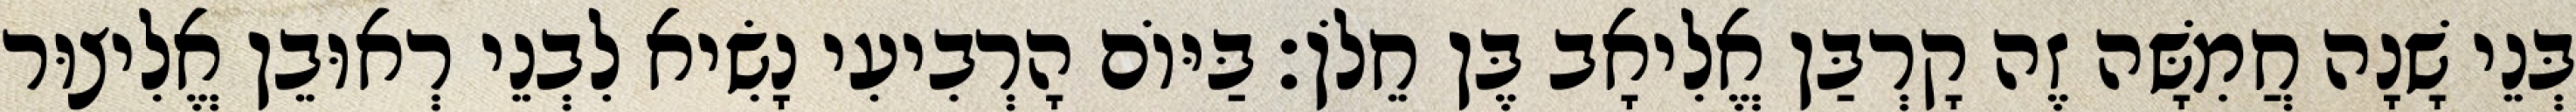
בְּנֵי שָׁנָה חֲמִשָּׁה זֶה קָרְבַּן אֱלִיאָב בֶּן חֵלֹן׃ בַּיּוֹם הָרְבִיעִי נָשִׂיא לִבְנֵי רְאוּבֵן אֱלִיצוּר